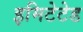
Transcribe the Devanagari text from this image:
इमिटेटेड